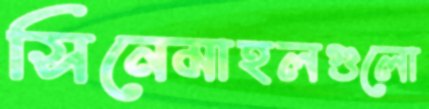
সিনেমাহলগুলো